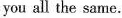
you all the same.